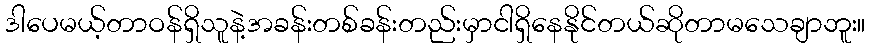
ဒါပေမယ့်တာဝန်ရှိသူနဲ့အခန်းတစ်ခန်းတည်းမှာငါရှိနေနိုင်တယ်ဆိုတာမသေချာဘူး။